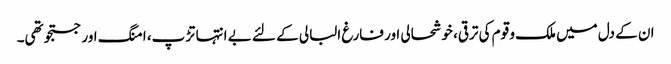
ان کے دل میں ملک و قوم کی ترقی، خوشحالی اور فارغ البالی کے لئے بے انتہا تڑپ، امنگ اور جستجو تھی۔